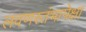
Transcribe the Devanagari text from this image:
लवणस्तंभापेक्षा